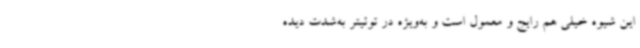
این شیوه خیلی هم رایج و معمول است و به‌ویژه در توئیتر به‌شدت دیده